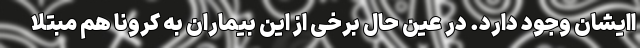
اایشان وجود دارد. در عین حال برخی از این بیماران به کرونا هم مبتلا